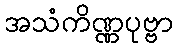
အသံကိဏ္ဏပုဗ္ဗာ